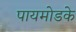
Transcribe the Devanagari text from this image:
पायमोडके